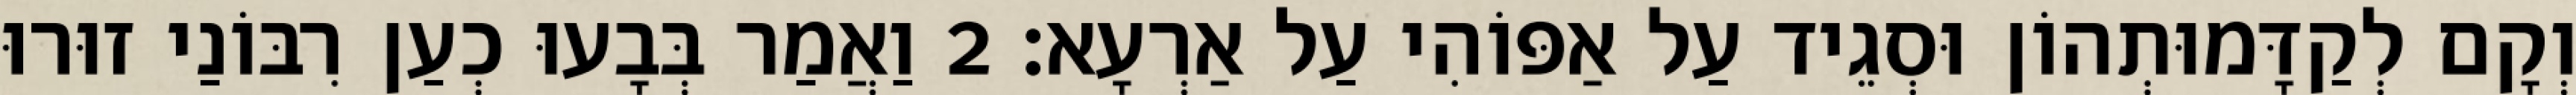
וְקָם לְקַדָּמוּתְהוֹן וּסְגֵיד עַל אַפּוֹהִי עַל אַרְעָא׃ 2 וַאֲמַר בְּבָעוּ כְעַן רִבּוֹנַי זוּרוּ